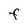
Character: F